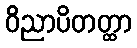
ဝိညာပိတတ္ထာ